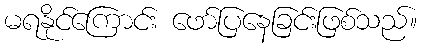
မရနိုင်ကြောင်း ဖော်ပြနေခြင်းဖြစ်သည်။